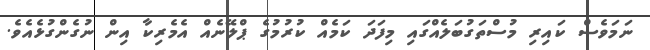
ނަމަވެސް ކައިރި މުސްތަގުބަލެއްގައި މިފަދަ ކަމެއް ކުރުމުގެ ޕްލޭނެއް އެމެރިކާ އިން ނުގެންގުޅެއެވެ.